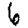
Digit: 6